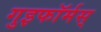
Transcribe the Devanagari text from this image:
गुइफॉर्मस्